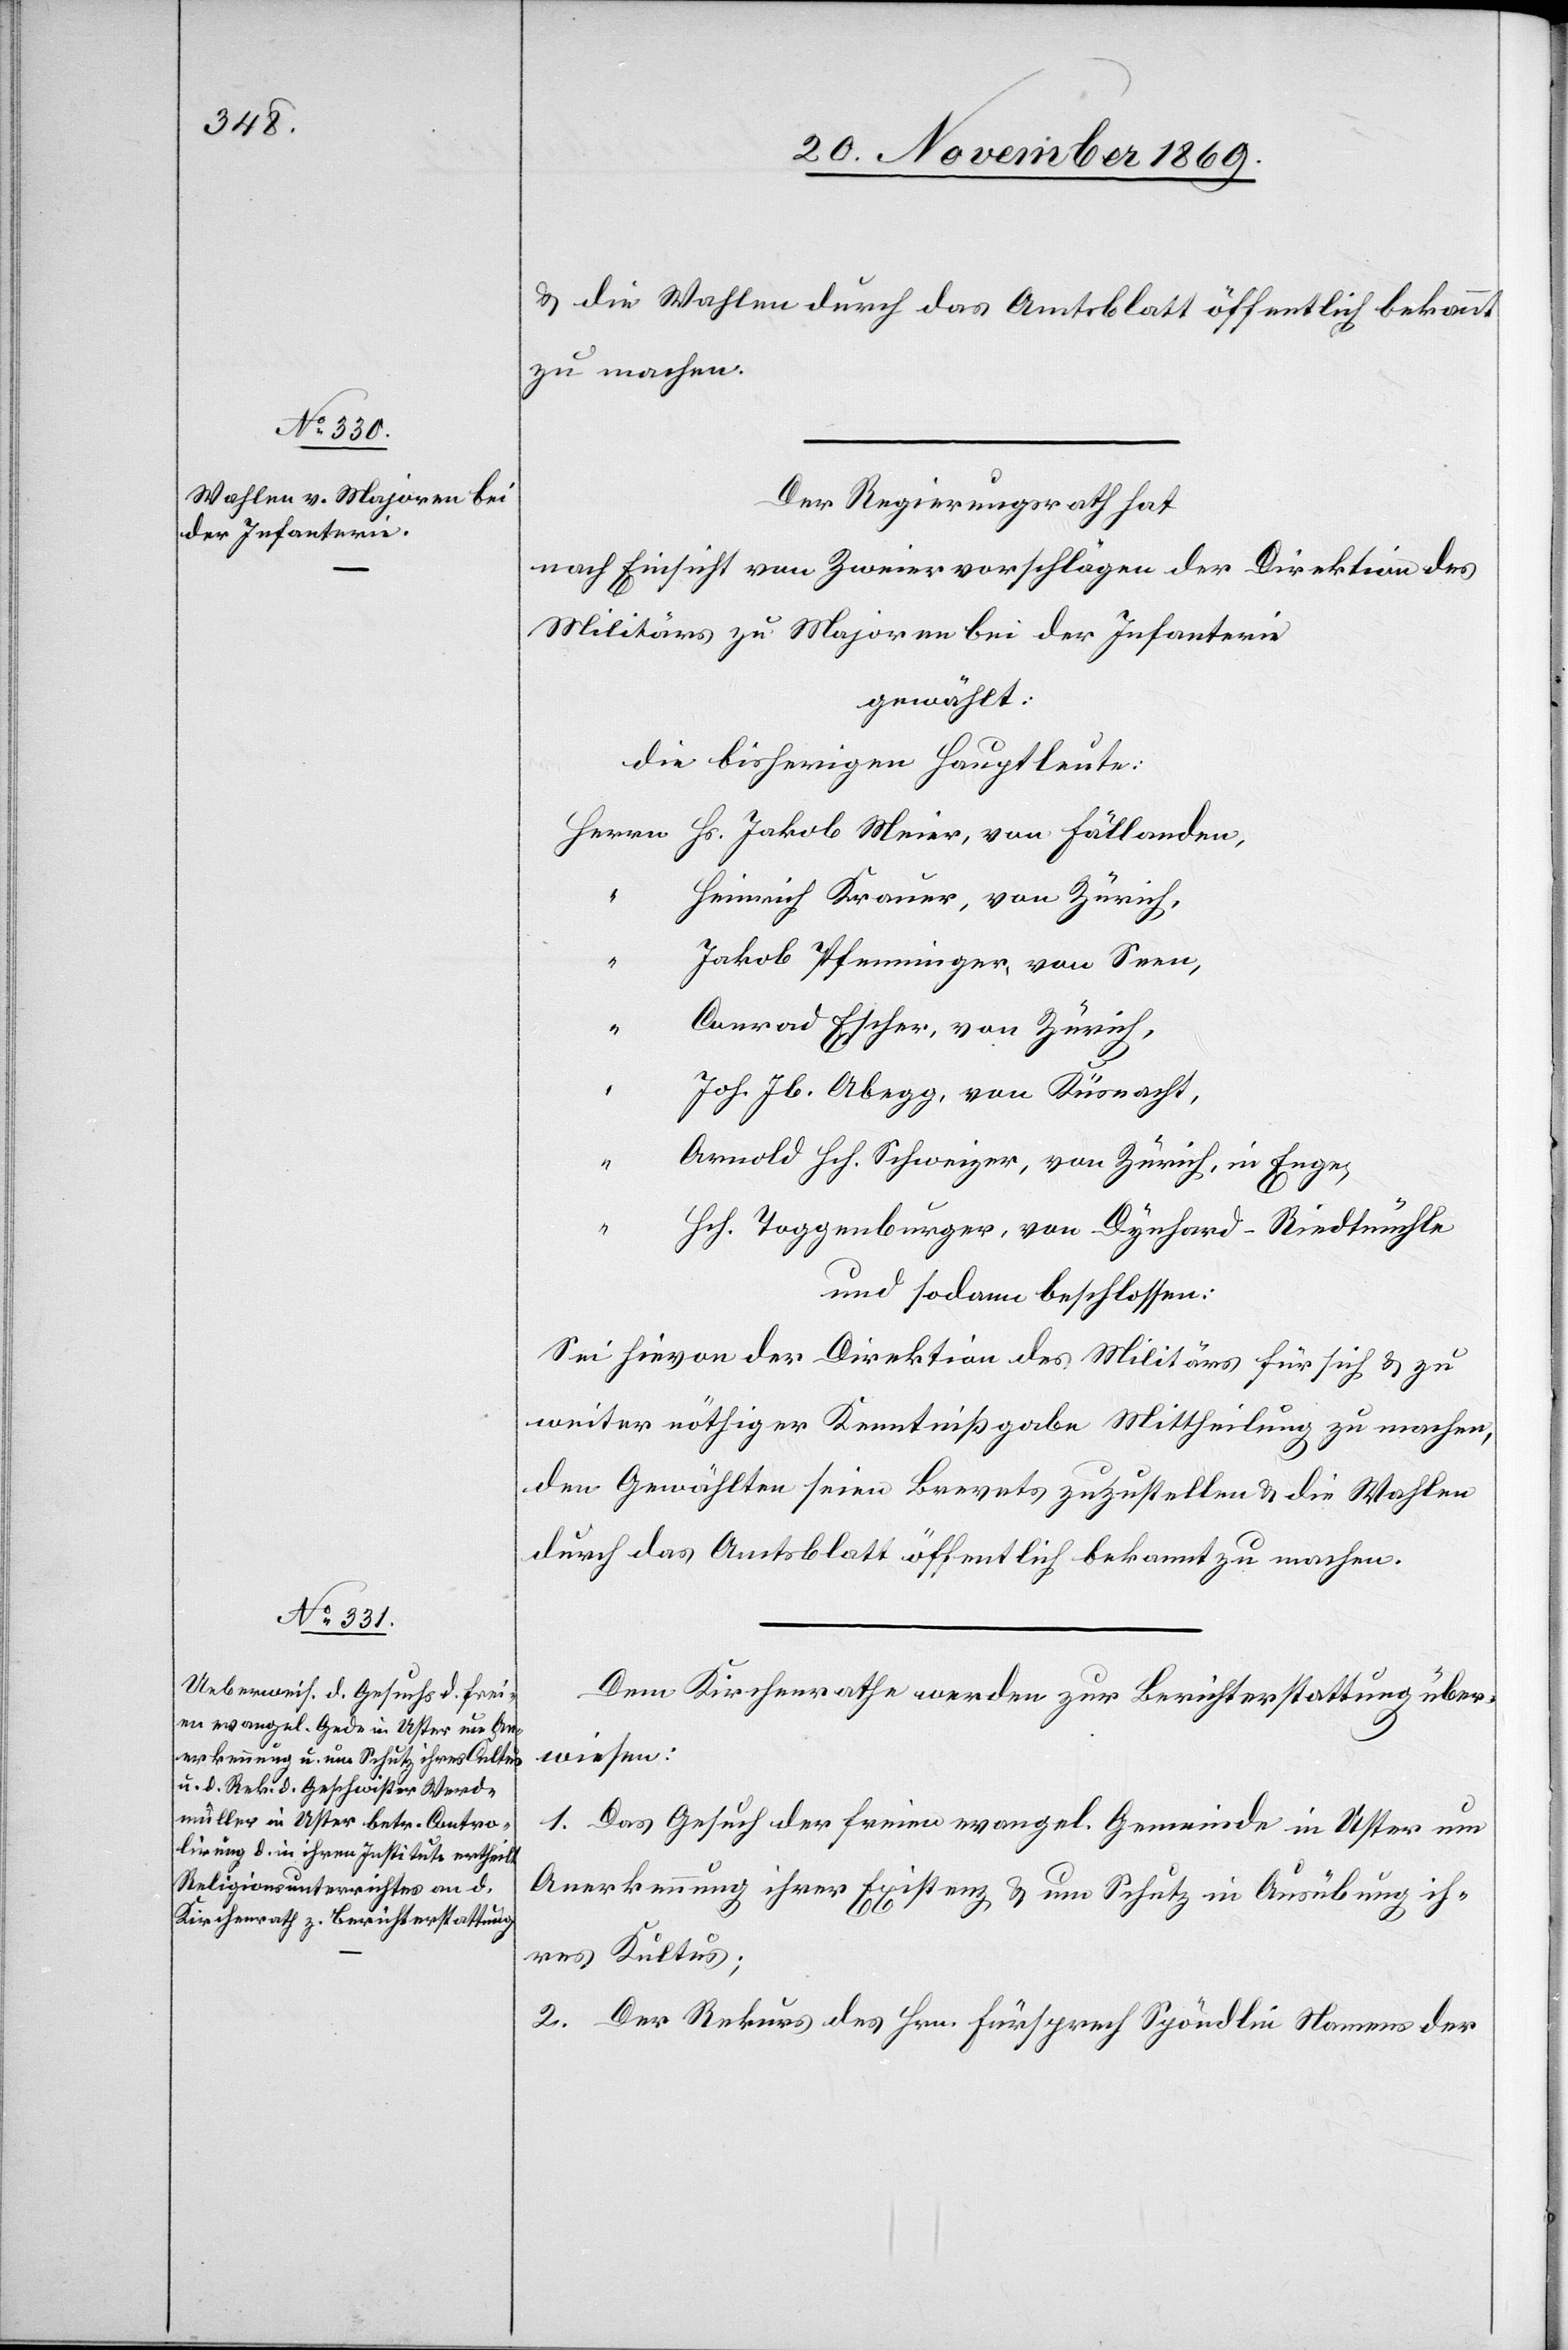
& die Wahlen durch das Amtsblatt öffentlich bekannt
zu machen.
Der Regierungsrath hat
nach Einsicht von Zweiervorschlägen der Direktion des
Militärs zu Majoren bei der Infanterie
gewählt:
die bisherigen Hauptleute:
Herrn Hs. Jakob Meier, von Fällanden,
“
Heinrich Krauer, von Zürich,
Jakob Pfenninger, von Seen,
Conrad Escher, von Zürich,
“
Joh. Jb. Abegg, von Küsnacht,
Arnold Hch. Schweizer, von Zürich, in Enge,
Hch. Toggenburger, von Dynhard - Riedtmühle
und sodann beschlossen:
Sei hievon der Direktion des Militärs für sich & zu
weiter nöthiger Kenntnißgabe Mittheilung zu machen,
den Gewählten seien Brevets zuzustellen & die Wahlen
durch das Amtsblatt öffentlich bekannt zu machen.
Dem Kirchenrathe werden zur Berichterstattung über¬
wiesen:
1. Das Gesuch der freien evangel. Gemeinde in Uster um
Anerkennung ihrer Existenz & um Schutz in Ausübung ih¬
res Kultus;
2. Der Rekurs des Hrn. Fürsprech Spöndlin Namens der